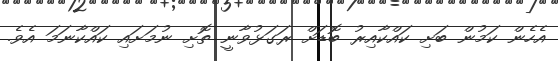
އެހެން ކަމުން ބަށި ކައްކާއިރު ބޮޑަށް ރަގަޅުވާނީ ތޮށި ނުމަށައި ކައްކާނަމަ އެވެ.